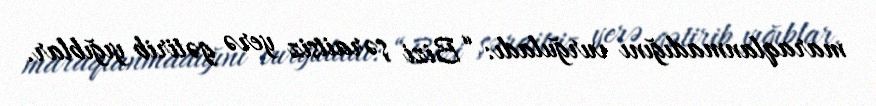
maraqlanmadığını vurğuladı: “Bizi şəraitsiz yerə gətirib yığıblar.